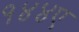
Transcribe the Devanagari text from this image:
१४४ए